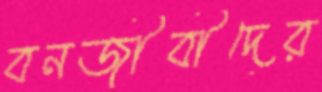
বনজীবীদের